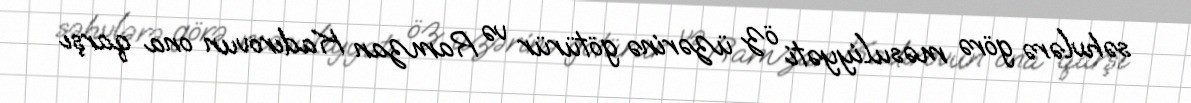
səhvlərə görə məsuliyyəti öz üzərinə götürür və Ramzan Kadırovun ona qarşı